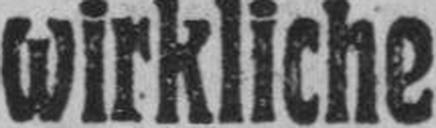
wirkliche